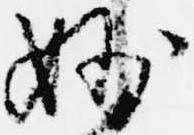
妙